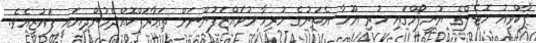
ޕާކްވިއު ހޮޓެލްގެ ޔުނީފޯމްގައި ހުރި ޔޫހާ އެތަނުގެ ހުރިހާ މުވައްޒަފުންނަށް ތަޢާރަފްކޮއްދެމުންދިޔައީ ފައުޒީއެވެ.